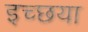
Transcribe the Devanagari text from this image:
इच्छया